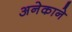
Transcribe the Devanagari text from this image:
अनेकाने